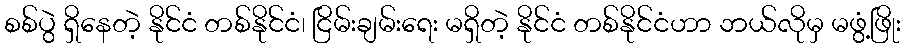
စစ်ပွဲ ရှိနေတဲ့ နိုင်ငံ တစ်နိုင်ငံ၊ ငြိမ်းချမ်းရေး မရှိတဲ့ နိုင်ငံ တစ်နိုင်ငံဟာ ဘယ်လိုမှ မဖွံ့ဖြိုး